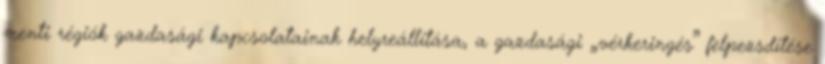
menti régiók gazdasági kapcsolatainak helyreállítása, a gazdasági „vérkeringés” felpezsdítése